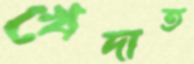
খেদাত